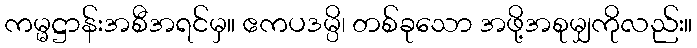
ကမ္မဋ္ဌာန်းအစီအရင်မှ။ ဧကပဒမ္ပိ၊ တစ်ခုသော အဖို့အစုမျှကိုလည်း။